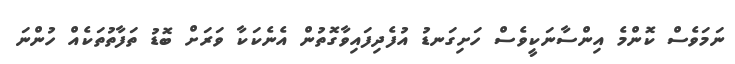
ނަމަވެސް ކޮންމެ އިންސާނަކީވެސް ހަށިގަނޑު އުފެދިފައިވާގޮތުން އެނެކަކާ ވަރަށް ބޮޑު ތަފާތުތަކެއް ހުންނަ